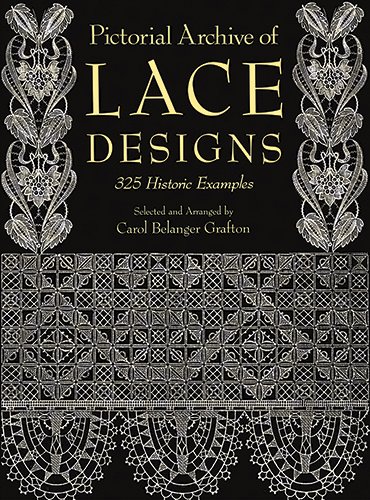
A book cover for Pictorial Archive of Lace Designs: 325 Historic Examples (Dover Pictorial Archive); Crafts, Hobbies & Home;